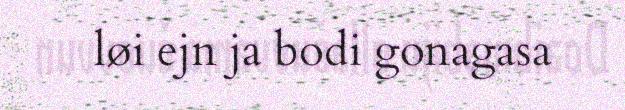
løi ejn ja bodi gonagasa